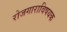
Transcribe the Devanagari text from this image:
रोजगाराविषयक